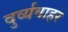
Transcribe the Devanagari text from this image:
दुर्व्यवाहर